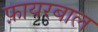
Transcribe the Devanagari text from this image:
फ़ायरबाल